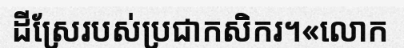
ដីស្រែរបស់ប្រជាកសិករ។«លោក